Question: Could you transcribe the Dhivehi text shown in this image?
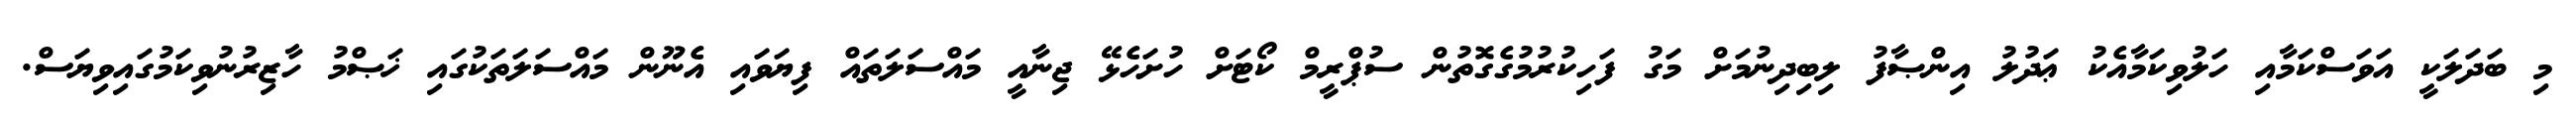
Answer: މި ބަދަލަކީ އަވަސްކަމާއި ހަލުވިކަމާއެކު ޢަދުލު އިންޞާފު ލިބިދިނުމަށް މަގު ފަހިކުރުމުގެގޮތުން ސުޕްރީމް ކޯޓަށް ހުށަހެޅޭ ޖިނާއީ މައްސަލަތައް ފިޔަވައި އެނޫން މައްސަލަތަކުގައި ޚަޞްމު ހާޒިރުނުވިކަމުގައިވިޔަސް.